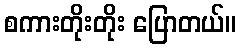
စကားတိုးတိုး ပြောတယ်။